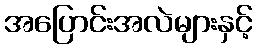
အပြောင်းအလဲများနှင့်